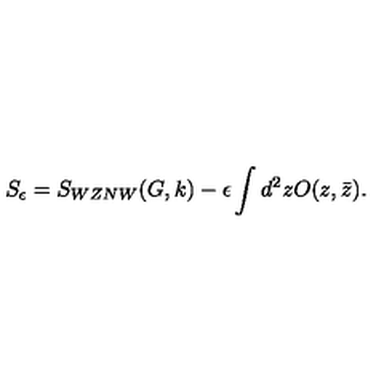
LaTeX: S _ { \epsilon } = S _ { W Z N W } ( G , k ) - \epsilon \int d ^ { 2 } z O ( z , \bar { z } ) .